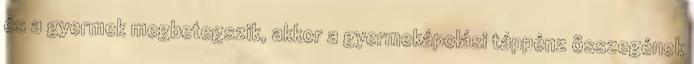
és a gyermek megbetegszik, akkor a gyermekápolási táppénz összegének